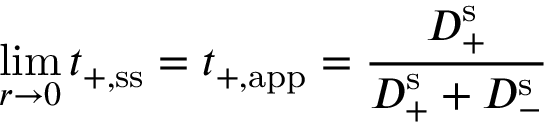
\operatorname* { l i m } _ { r \rightarrow 0 } t _ { + , \ensuremath { \mathrm { s s } } } = t _ { + , \ensuremath { \mathrm { a p p } } } = \frac { D _ { + } ^ { \mathrm { s } } } { D _ { + } ^ { \mathrm { s } } + D _ { - } ^ { \mathrm { s } } }